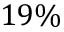
1 9 \%